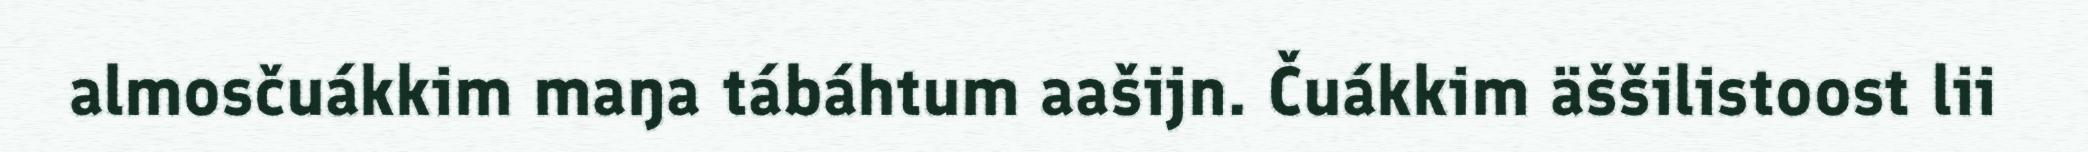
almosčuákkim maŋa tábáhtum aašijn. Čuákkim äššilistoost lii